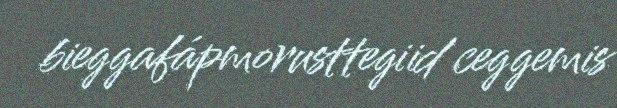
bieggafápmorusttegiid ceggemis